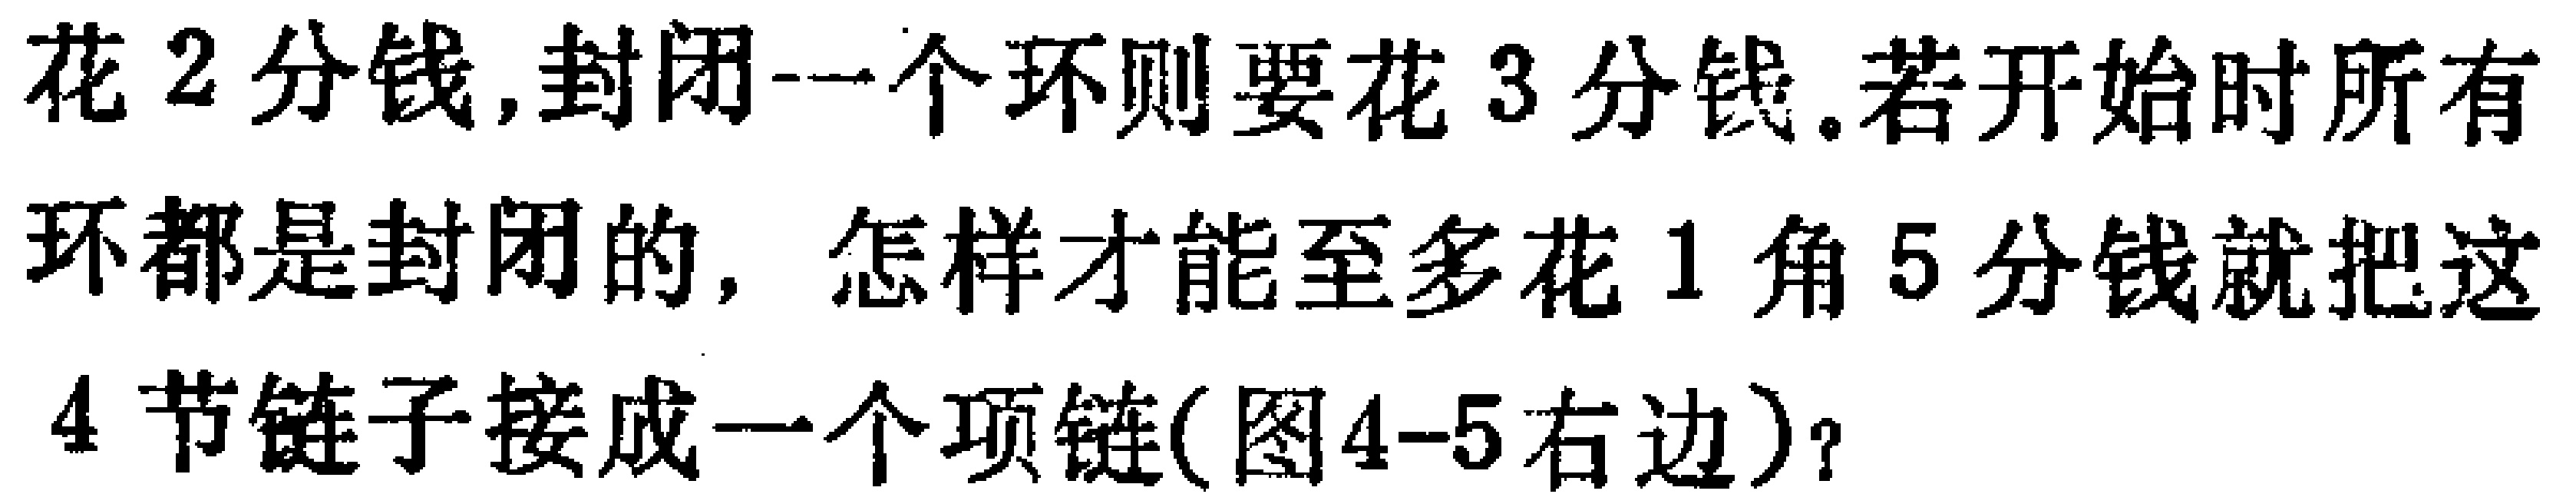
花2分钱,封闭一个环则要花3分钱.若开始时所有

环都是封闭的, 怎样才能至多花1角5分钱就把这

4节链子接成一个项链(图4-5右边)？